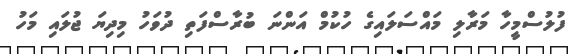
ފުލުސްމީހާ މަރާލި މައްސަލައިގެ ހުކުމް އަންނަ ބުރާސްފަތި ދުވަހު މިދިޔަ ޖުލައި މަހު